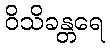
ဝိသိခန္တရေ